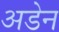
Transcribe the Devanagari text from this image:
अडेन